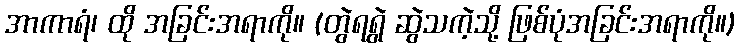
အာကာရံ၊ ထို အခြင်းအရာကို။ (တွဲရရွဲ ဆွဲသကဲ့သို့ ဖြစ်ပုံအခြင်းအရာကို။)